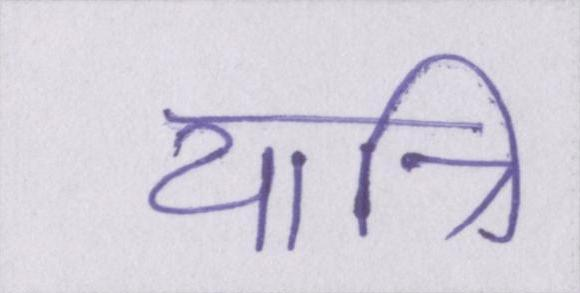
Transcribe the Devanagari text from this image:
यात्रि